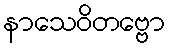
နာသေဝိတဗ္ဗော